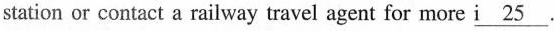
station or contact a railway travel agent for more \underline{i 25}.